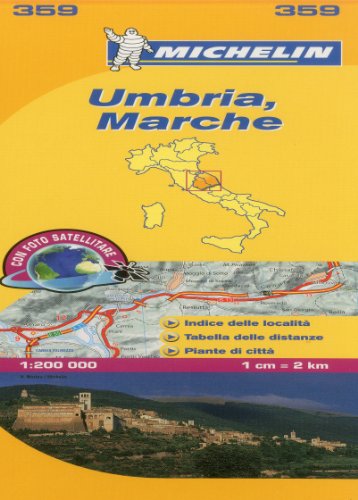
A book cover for Michelin Map Italy: Umbria, Marche 359 (Maps/Local (Michelin)) (Italian Edition); Michelin; Travel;